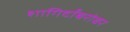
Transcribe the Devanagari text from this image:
शागिर्दांबरोबर